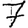
Digit: 7